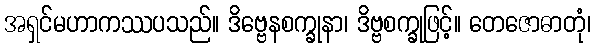
အရှင်မဟာကဿပသည်။ ဒိဗ္ဗေနစက္ခုနာ၊ ဒိဗ္ဗစက္ခုဖြင့်။ တေဇောဓာတုံ၊